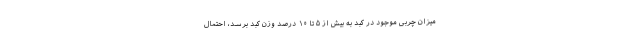
میزان چربی موجود در کبد به بیش از ۵ تا ۱۰ درصد وزن کبد برسد، احتمال